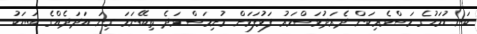
ކަނޑުމަހުގެ މަސްވެރިކަން ދެރަދުވަސްވަރު ފަޅުފަޅަށް މުށިމަސް ވަދެ ތިބޭނަމަ ގިނަ އަދަދެއްގެ ބަޔަކު